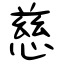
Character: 慈